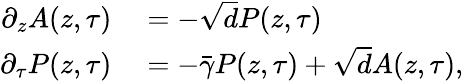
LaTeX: \begin{array}{rl}{\partial_{z}A(z,\tau)}&{{}=-\sqrt{d}P(z,\tau)}\\ {\partial_{\tau}P(z,\tau)}&{{}=-\bar{\gamma}P(z,\tau)+\sqrt{d}A(z,\tau),}\end{array}